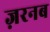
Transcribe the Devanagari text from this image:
ज़रनब